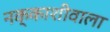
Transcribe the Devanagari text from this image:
नक्काशीवाला